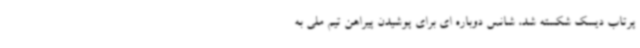
پرتاب دیسک شکسته شد، شانس دوباره ای برای پوشیدن پیراهن تیم ملی به